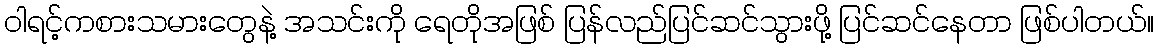
ဝါရင့်ကစားသမားတွေနဲ့ အသင်းကို ရေတိုအဖြစ် ပြန်လည်ပြင်ဆင်သွားဖို့ ပြင်ဆင်နေတာ ဖြစ်ပါတယ်။